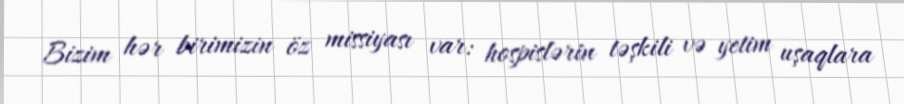
Bizim hər birimizin öz missiyası var: hospislərin təşkili və yetim uşaqlara